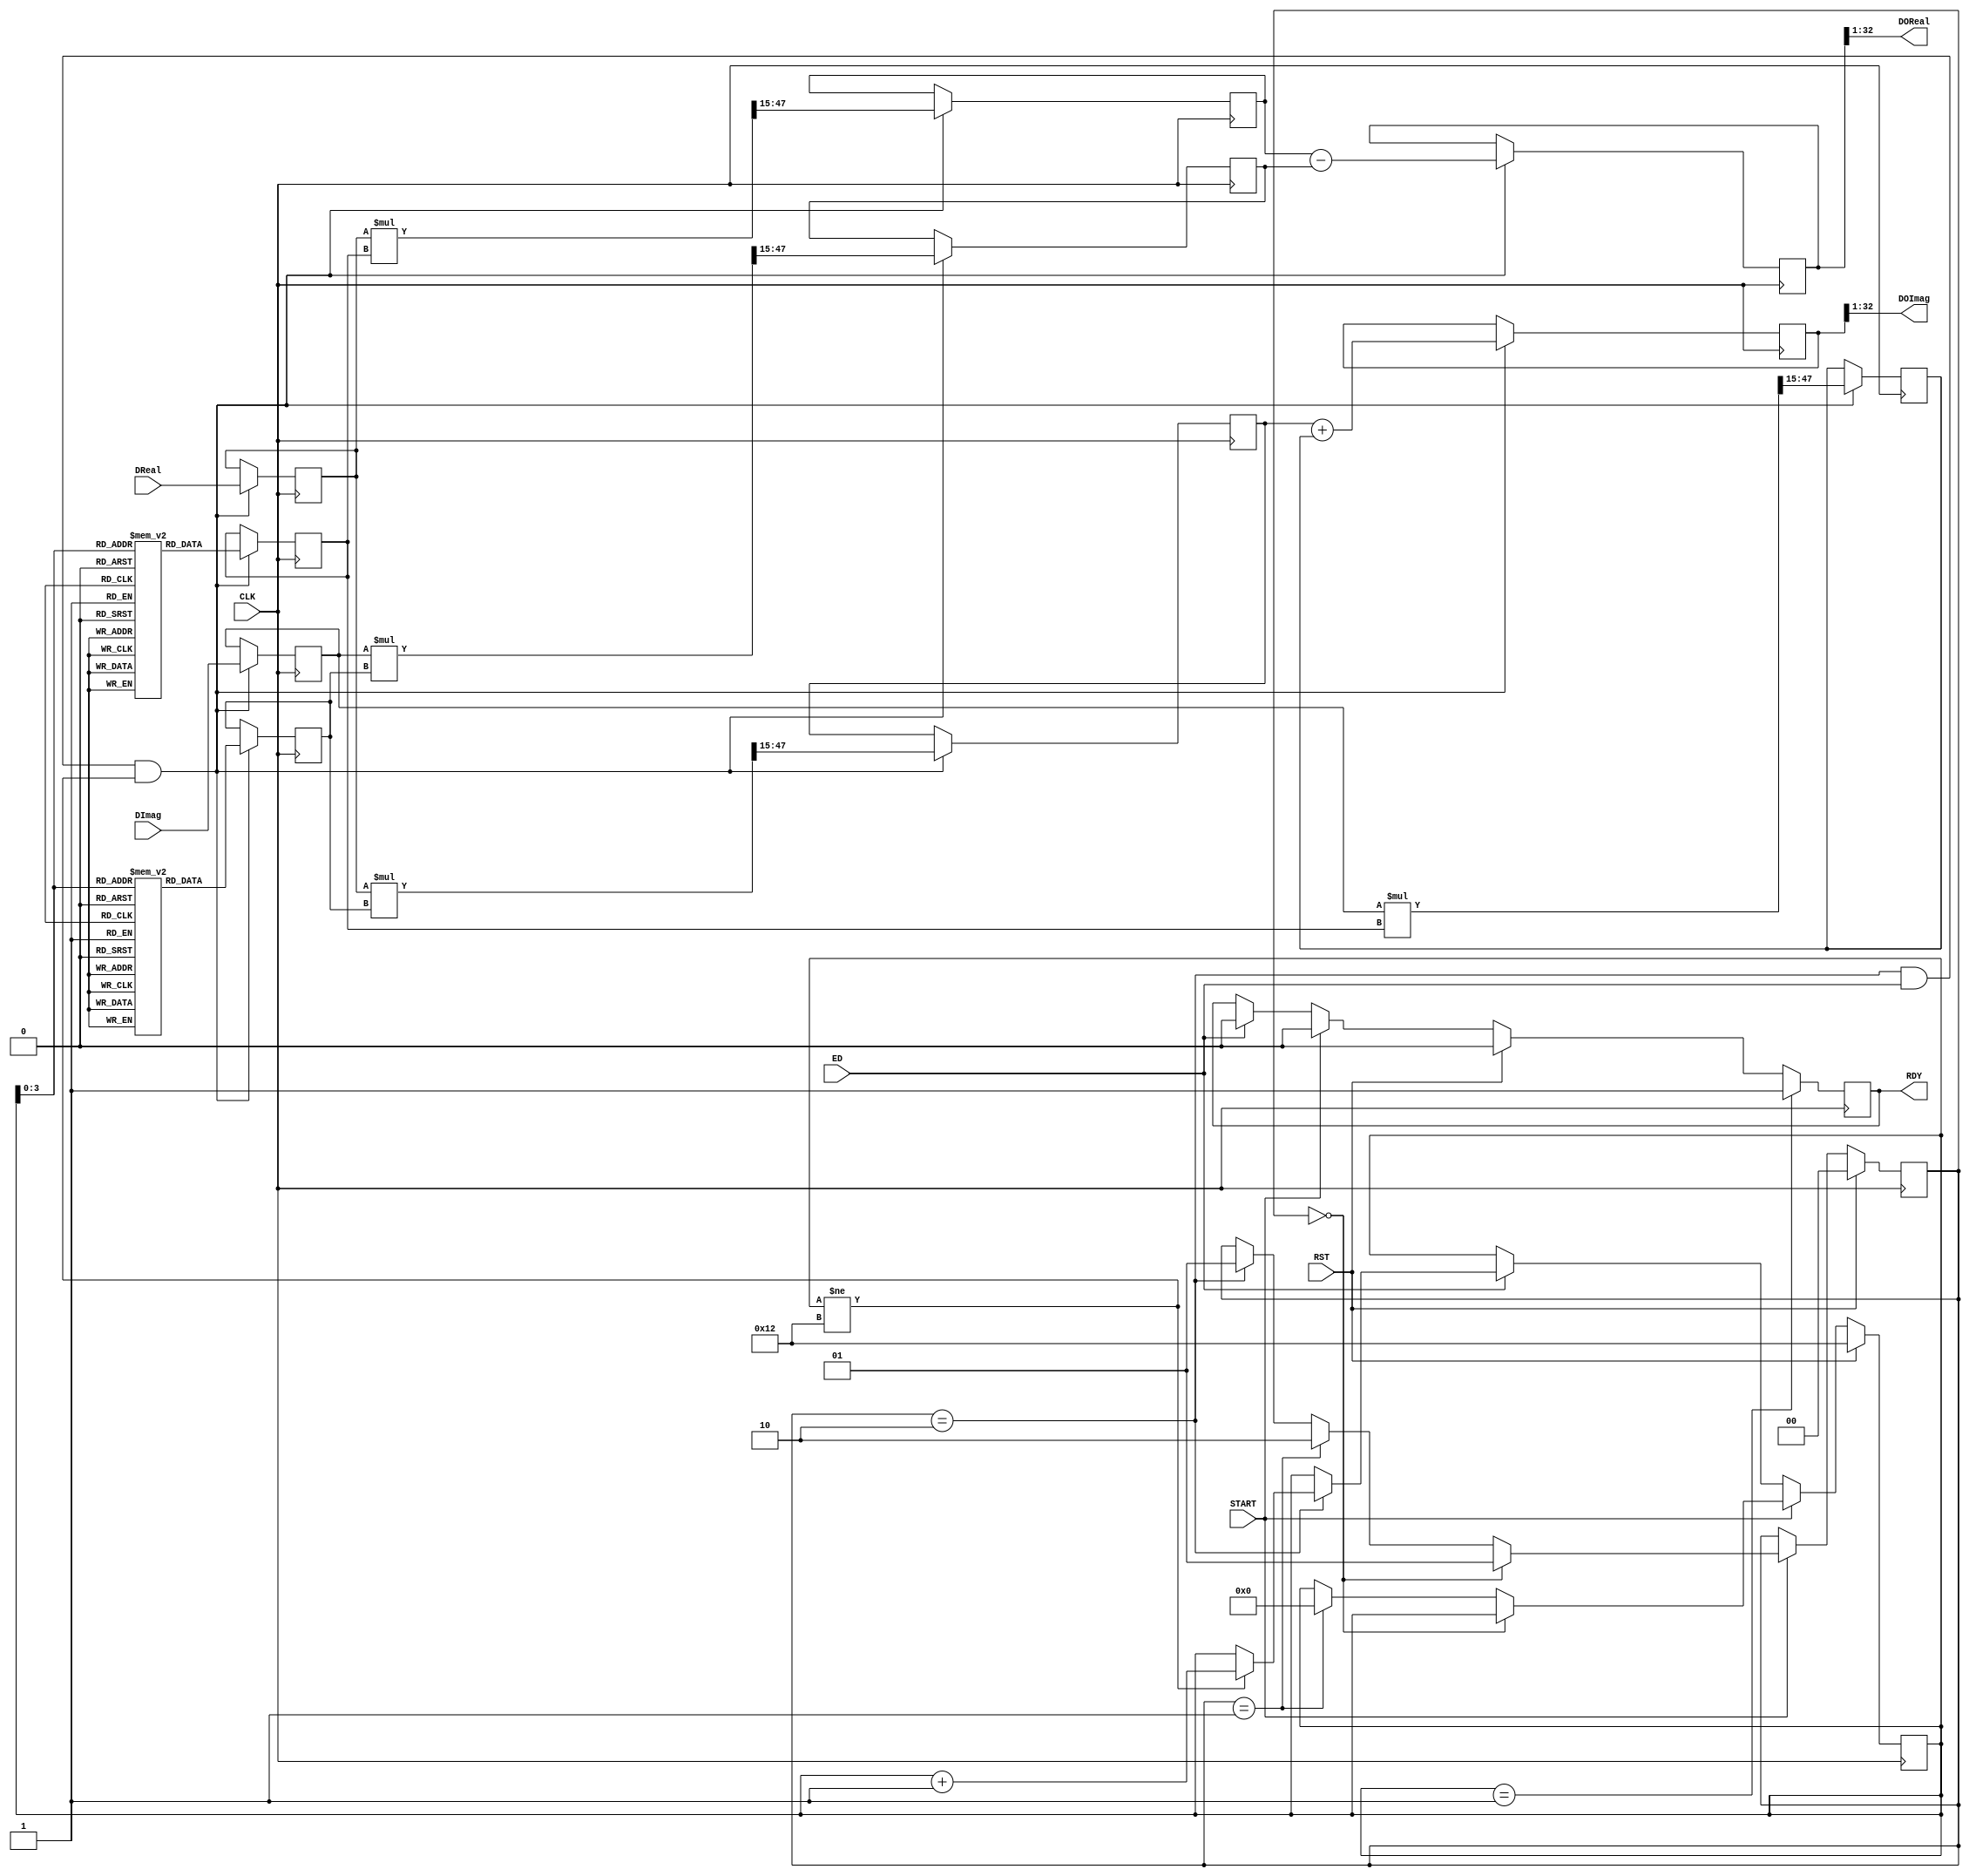
module weight(CLK ,RST,ED,START, DReal,DImag, DOReal, DOImag,RDY  );

parameter total_bits = 32;

input CLK;
input RST;
input ED;
input START;
output reg RDY;
input [total_bits-1:0] DReal;
input [total_bits-1:0] DImag;
output [total_bits-1:0] DOReal;
output [total_bits-1:0] DOImag;

reg [4:0] ADDR;
reg [1:0] state;

///////////////////////////////////////////////////////////////////////////////////  Data change according to use
reg signed [31:0] re[0:15];
reg signed [31:0] im[0:15];
initial  begin
re[0] = 32'h00010000;re[1] = 32'h0000FB15;re[2] = 32'h0000EC83;re[3] = 32'h0000D4DB;
re[4] = 32'h0000B505;re[5] = 32'h00008E3A;re[6] = 32'h000061F8;re[7] = 32'h000031F1;
re[8] = 32'h00000000;re[9] = 32'hFFFFCE0F;re[10] = 32'hFFFF9E08;re[11] = 32'hFFFF71C6;
re[12] = 32'hFFFF4AFB;re[13] = 32'hFFFF2B25;re[14] = 32'hFFFF137D;re[15] = 32'hFFFF04EB;
im[0] = 32'h00000000;im[1] = 32'hFFFFCE0F;im[2] = 32'hFFFF9E08;im[3] = 32'hFFFF71C6;
im[4] = 32'hFFFF4AFB;im[5] = 32'hFFFF2B25;im[6] = 32'hFFFF137D;im[7] = 32'hFFFF04EB;
im[8] = 32'hFFFF0000;im[9] = 32'hFFFF04EB;im[10] = 32'hFFFF137D;im[11] = 32'hFFFF2B25;
im[12] = 32'hFFFF4AFB;im[13] = 32'hFFFF71C6;im[14] = 32'hFFFF9E08;im[15] = 32'hFFFFCE0F;
end
/////////////////////////////////////////////////////////////////////////////////////////

always @(posedge CLK)
begin
	if(RST) begin
		ADDR<=18;
		state<=0;
		RDY<=0;
	end
	else if(START) begin
		if(state==0)
			state<=1;
		else if(state==1) begin
			state<=2;
			ADDR<=0;
		end
		else if(state==2)
			state<=1;
		RDY<=0;
	end
	else if(ED) begin
	RDY<=0;
		if(state==2)
			if(ADDR!=18)
			ADDR<=ADDR+1;
			
	end
	
	if(ADDR==1)
		RDY<=1;
		
	
end

   reg signed  [total_bits-1 : 0] drd,did;
	reg signed  [total_bits-1 : 0] wrd,wid;
	wire signed [2*total_bits-1 : 0] drri,drii,diri,diii;
	reg signed  [total_bits:0] drr,dri,dir,dii,dwr,dwi;
	
	assign  	drri=drd*wrd;  
	assign	diri=did*wrd;  
	assign	drii=drd*wid;
	assign	diii=did*wid;

//wire OVF;   //Change for different width
//assign sel = drri[63] ^ dwr[62] ^ dwr[61] ^ drri[63] ^ dwr[62] ^ dwr[61]

always @(posedge CLK) begin
	if((state==2&&ED)&&(ADDR!=18)) begin
					drd<=DReal;
					did<=DImag;
					wrd<=re[ADDR];
					wid<=im[ADDR];
					drr<=drri[47:15];   //Change according to use
					dri<=drii[47:15];
					dir<=diri[47:15];
					dii<=diii[47:15];
					dwr<=drr - dii;				
					dwi<=dri + dir;
	end
end
assign DOReal = dwr[total_bits:1];
assign DOImag = dwi[total_bits:1];
endmodule